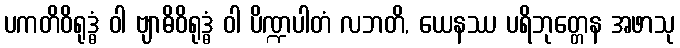
ပကတိဝိရုဒ္ဓံ ဝါ ဗျာဓိဝိရုဒ္ဓံ ဝါ ပိဏ္ဍပါတံ လဘတိ, ယေနဿ ပရိဘုတ္တေန အဖာသု